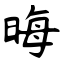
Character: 晦